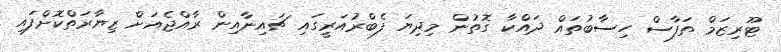
ޓޫރިޒަމް ތަފާސް ހިސާބުތައް ދައްކާ ގޮތުން މިދިޔަ ފެބްރުއަރީގައި ޗައިނާއިން ރާއްޖެއަށް ޒިޔާރަތްކޮށްފައި